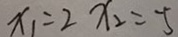
x _ { 1 } = 2 x _ { 2 } = - 5